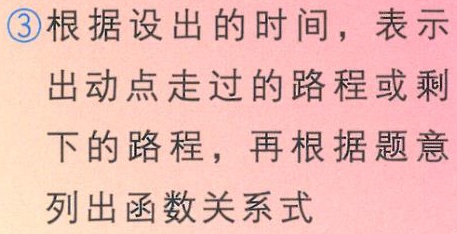
\textcircled{3}根据设出的时间，表示出动点走过的路程或剩下的路程，再根据题意列出函数关系式